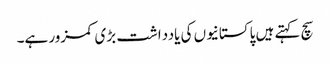
سچ کہتے ہیں پاکستانیوں کی یادداشت بڑی کمزور ہے۔